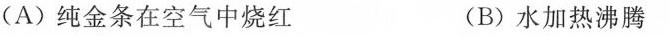
(A)纯金条在空气中烧红 (B)水加热沸腾